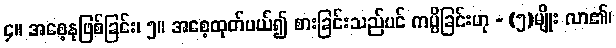
၄။ အစေ့နုဖြစ်ခြင်း၊ ၅။ အစေ့ထုတ်ပယ်၍ စားခြင်းသည်ပင် ကပ္ပိခြင်းဟု - (၅)မျိုး လာ၏၊